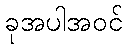
ခုအပါအဝင်